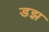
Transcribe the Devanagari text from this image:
डझ